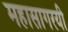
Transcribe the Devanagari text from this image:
महासागरयी